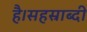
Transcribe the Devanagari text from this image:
है।सहस्राब्दी